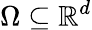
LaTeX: \Omega\subseteq\mathbb{R}^{d}